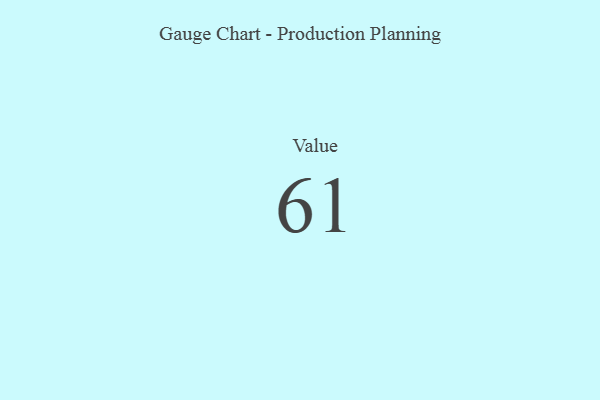
{"axis": {"x": "Metric", "y": "Value"}, "legend": [""], "data": [{"x": "Value", "y": 61, "type": ""}]}